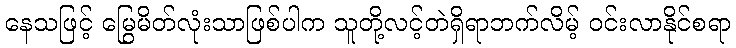
နေသဖြင့် မြွေမိတ်လုံးသာဖြစ်ပါက သူတို့လင့်တဲရှိရာဘက်လိမ့် ဝင်းလာနိုင်စရာ